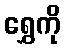
ရွှေကို